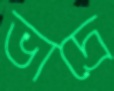
ভাদ্রে